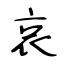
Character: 哀